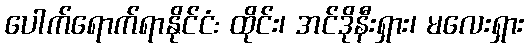
ပေါက်ရောက်ရာနိုင်ငံ: ထိုင်း၊ အင်ဒိုနီးရှား၊ မလေးရှား